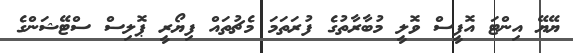
ޔޭޔޭ އިންޓަ އޮފީސް ވޮލީ މުބާރާތުގެ ފުރަތަމަ މެޗުތައް ފިޔޯރީ ޕޮލިސް ސްޓޭޝަންގެ